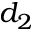
d _ { 2 }